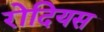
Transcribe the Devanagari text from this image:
रोदियस